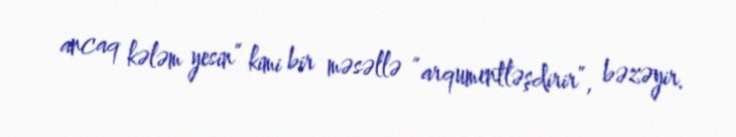
ancaq kələm yesin” kimi bir məsəllə “arqumentləşdirir”, bəzəyir.